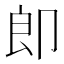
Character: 𭅺